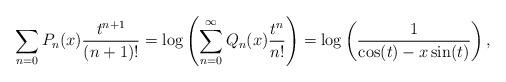
LaTeX: \begin{align*} \sum_{n=0} P_n(x) {t^{n+1} \over (n+1)!} = \log \left( \sum_{n=0}^\infty Q_n(x) {t^n \over n!} \right) = \log \left( {1 \over \cos (t) - x \sin(t)} \right),\end{align*}